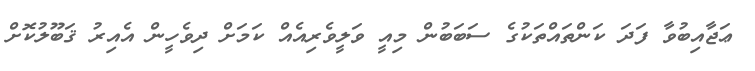
ޢަޖާއިބުވާ ފަދަ ކަންތައްތަކުގެ ސަބަބުން މިއީ ވަލީވެރިއެއް ކަމަށް ދިވެހީން އެއިރު ޤަބޫލުކޮށް